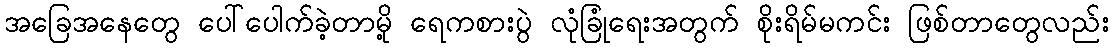
အခြေအနေတွေ ပေါ်ပေါက်ခဲ့တာမို့ ရေကစားပွဲ လုံခြုံရေးအတွက် စိုးရိမ်မကင်း ဖြစ်တာတွေလည်း